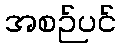
အစဉ်ပင်